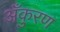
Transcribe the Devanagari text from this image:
अँकुरण